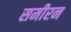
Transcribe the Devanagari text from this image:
समीरन